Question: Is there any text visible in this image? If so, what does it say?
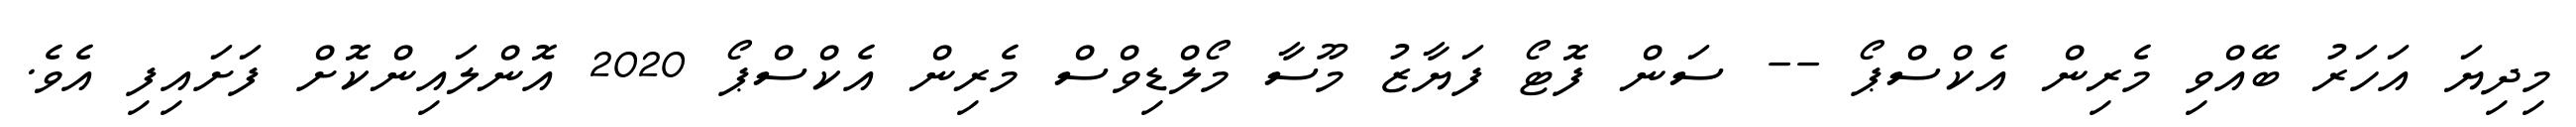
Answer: މިދިޔަ އަހަރު ބޭއްވި މެރިން އެކްސްޕޯ -- ސަން ފޮޓޯ ފަޔާޒު މޫސާ މޯލްޑިވްސް މެރިން އެކްސްޕޯ 2020 އޮންލައިންކޮށް ފަށައިފި އެވެ.